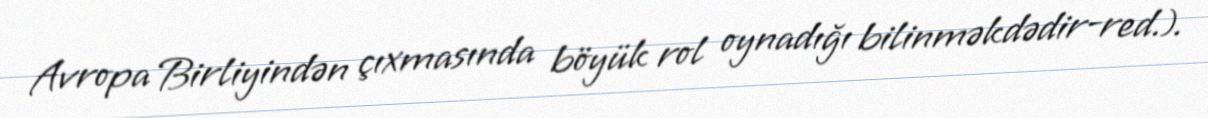
Avropa Birliyindən çıxmasında böyük rol oynadığı bilinməkdədir-red.).